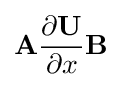
\mathbf {A} {\frac {\partial \mathbf {U} }{\partial x}}\mathbf {B}